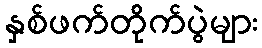
နှစ်ဖက်တိုက်ပွဲများ